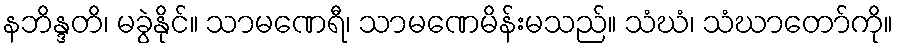
နဘိန္ဒတိ၊ မခွဲနိုင်။ သာမဏေရီ၊ သာမဏေမိန်းမသည်။ သံဃံ၊ သံဃာတော်ကို။